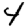
Digit: 4